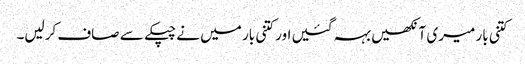
کتنی بار میری آنکھیں بہہ گئیں اور کتنی بار میں نے چپکے سے صاف کرلیں۔